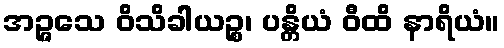
အဉ္ဇသေ ဝိသိခါယဉ္စ၊ ပန္တိယံ ဝီထိ နာရိယံ။